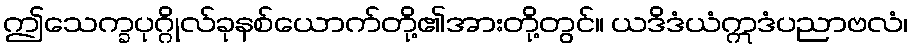
ဤသေက္ခပုဂ္ဂိုလ်ခုနစ်ယောက်တို့၏အားတို့တွင်။ ယဒိဒံယံဣဒံပညာဗလံ၊